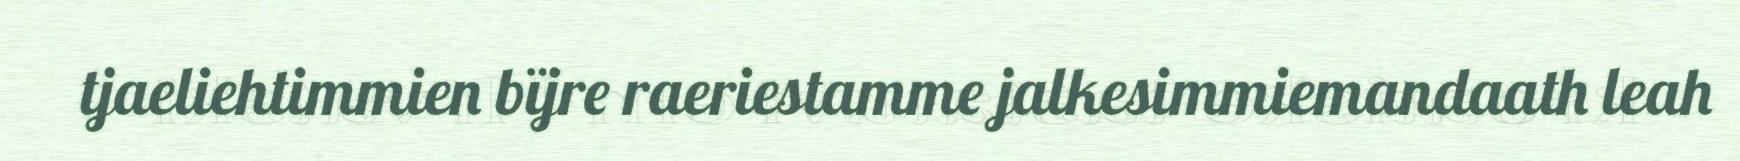
tjaeliehtimmien bïjre raeriestamme jalkesimmiemandaath leah